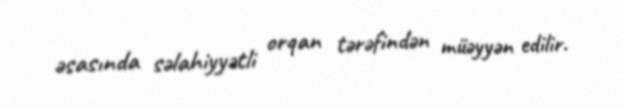
əsasında səlahiyyətli orqan tərəfindən müəyyən edilir.